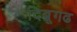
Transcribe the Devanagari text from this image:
दिब्रूगढ